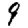
Digit: 9